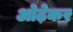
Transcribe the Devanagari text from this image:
ओढ़ेकर